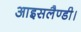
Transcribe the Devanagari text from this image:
आइसलैण्डी।